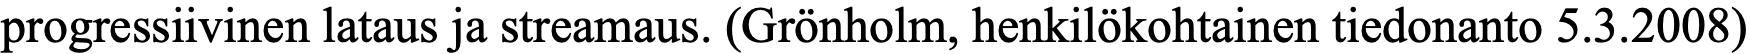
progressiivinen lataus ja streamaus. (Grönholm, henkilökohtainen tiedonanto 5.3.2008)